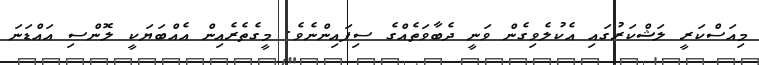
މިއަސްކަރީ ލަޝްކަރުގައި އެކުލެވިގެން ވަނީ ދެބާވަތެއްގެ ސިފައިންނެވެ. މީގެތެރެއިން އެއްބަޔަކީ ލޮންސި އައްޑަނަ